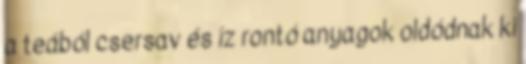
a teából csersav és íz rontó anyagok oldódnak ki